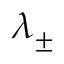
\lambda _ { \pm }